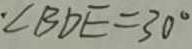
\angle B D E = 3 0 ^ { \circ }